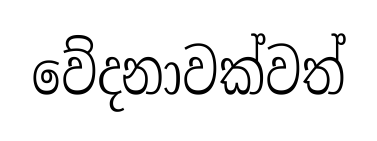
වේදනාවක්වත්